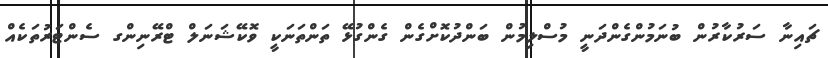
ޗައިނާ ސަރުކާރުން ބުނަމުންގެންދަނީ މުސްލިމުން ބަންދުކޮށްގެން ގެންގުޅޭ ތަންތަނަކީ ވޮކޭޝަނަލް ޓްރޭނިންގ ސެންޓަރުތަކެއް